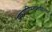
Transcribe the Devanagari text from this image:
अफगाणिस्तानापर्यंतचा